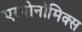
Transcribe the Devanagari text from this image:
एरगोनॉमिक्स